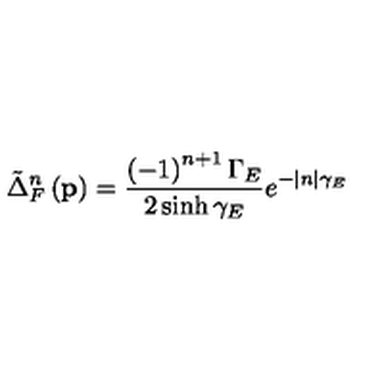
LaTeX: \tilde { \Delta } _ { F } ^ { n } \left( \mathbf { p } \right) = \frac { \left( - 1 \right) ^ { n + 1 } \Gamma _ { E } } { 2 \sinh \gamma _ { E } } e ^ { - | n | \gamma _ { E } }